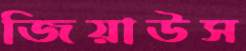
জিয়াউস